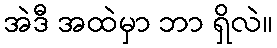
အဲဒီ အထဲမှာ ဘာ ရှိလဲ။